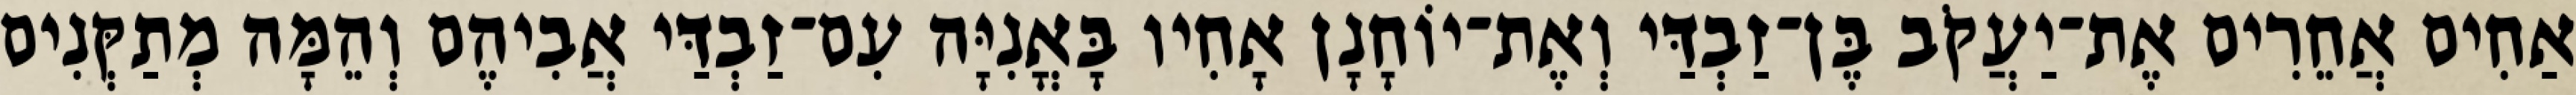
אַחִים אֲחֵרִים אֶת־יַעֲקֹב בֶּן־זַבְדַּי וְאֶת־יוֹחָנָן אָחִיו בָּאֳנִיָּה עִם־זַבְדַּי אֲבִיהֶם וְהֵמָּה מְתַקְּנִים